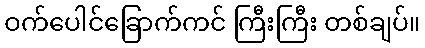
ဝက်ပေါင်ခြောက်ကင် ကြီးကြီး တစ်ချပ်။